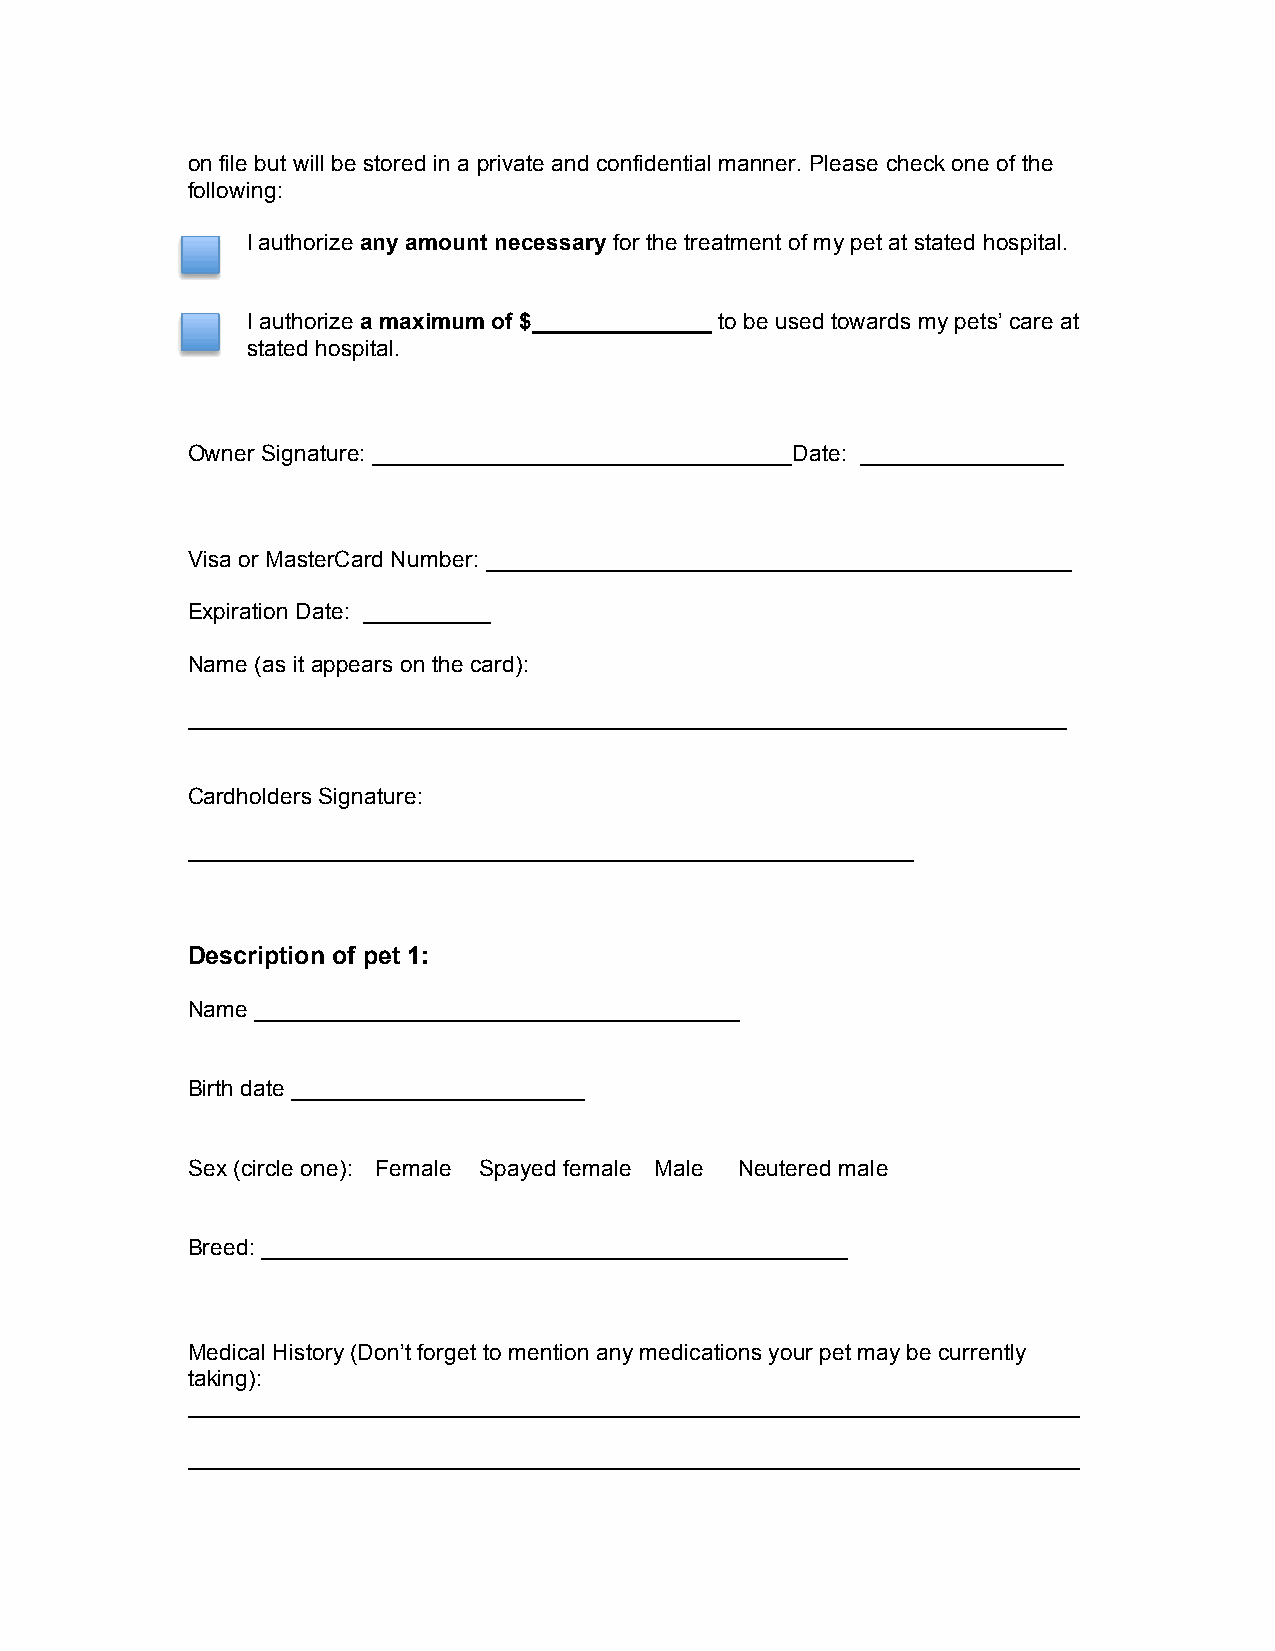
on file but will be stored in a private and confidential manner. Please check one of the
 following:
 I authorize any amount necessary for the treatment of my pet at stated hospital.
 I authorize a maximum of $______________ to be used towards my pets’ care at
 stated hospital.
 Owner Signature: _________________________________Date: ________________
 Visa or MasterCard Number: ______________________________________________
 Expiration Date: __________
 Name (as it appears on the card):
 _____________________________________________________________________
 Cardholders Signature:
 _________________________________________________________
 Description of pet 1:
 Name ______________________________________
 Birth date _______________________
 Sex (circle one): Female Spayed female Male Neutered male
 Breed: ______________________________________________
 Medical History (Don’t forget to mention any medications your pet may be currently
 taking):
 ______________________________________________________________________
 ______________________________________________________________________